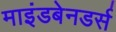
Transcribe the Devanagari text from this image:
माइंडबेनडर्स